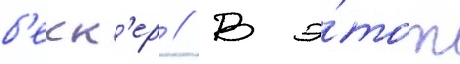
б'екк'ер // В э́тот